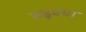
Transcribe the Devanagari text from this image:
तडूक्या